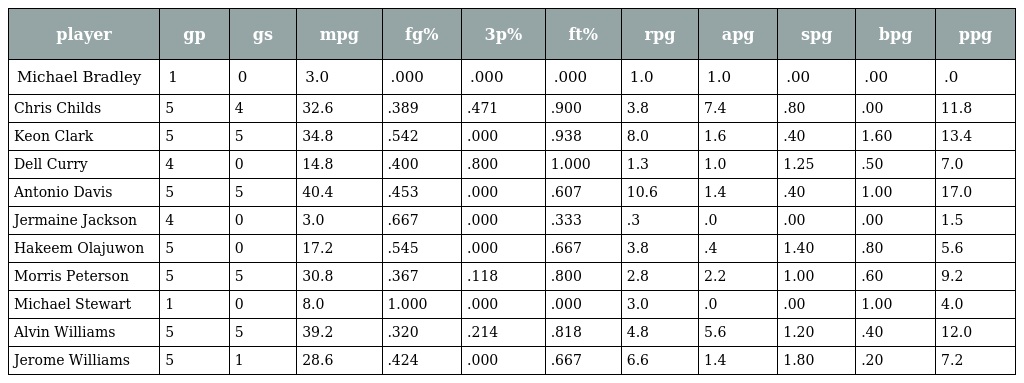
| player | gp | gs | mpg | fg% | 3p% | ft% | rpg | apg | spg | bpg | ppg |
 | --- | --- | --- | --- | --- | --- | --- | --- | --- | --- | --- | --- |
 | Michael Bradley | 1 | 0 | 3.0 | .000 | .000 | .000 | 1.0 | 1.0 | .00 | .00 | .0 |
 | Chris Childs | 5 | 4 | 32.6 | .389 | .471 | .900 | 3.8 | 7.4 | .80 | .00 | 11.8 |
 | Keon Clark | 5 | 5 | 34.8 | .542 | .000 | .938 | 8.0 | 1.6 | .40 | 1.60 | 13.4 |
 | Dell Curry | 4 | 0 | 14.8 | .400 | .800 | 1.000 | 1.3 | 1.0 | 1.25 | .50 | 7.0 |
 | Antonio Davis | 5 | 5 | 40.4 | .453 | .000 | .607 | 10.6 | 1.4 | .40 | 1.00 | 17.0 |
 | Jermaine Jackson | 4 | 0 | 3.0 | .667 | .000 | .333 | .3 | .0 | .00 | .00 | 1.5 |
 | Hakeem Olajuwon | 5 | 0 | 17.2 | .545 | .000 | .667 | 3.8 | .4 | 1.40 | .80 | 5.6 |
 | Morris Peterson | 5 | 5 | 30.8 | .367 | .118 | .800 | 2.8 | 2.2 | 1.00 | .60 | 9.2 |
 | Michael Stewart | 1 | 0 | 8.0 | 1.000 | .000 | .000 | 3.0 | .0 | .00 | 1.00 | 4.0 |
 | Alvin Williams | 5 | 5 | 39.2 | .320 | .214 | .818 | 4.8 | 5.6 | 1.20 | .40 | 12.0 |
 | Jerome Williams | 5 | 1 | 28.6 | .424 | .000 | .667 | 6.6 | 1.4 | 1.80 | .20 | 7.2 |